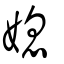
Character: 媳